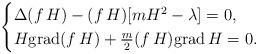
LaTeX: \begin{align*}\begin{cases}\Delta (f\,H)-(f\,H )[mH^{2}-\lambda]=0,\\H{\rm grad}(f\,H) +\frac{m}{2} (f\,H){\rm grad}\, H=0.\end{cases}\end{align*}